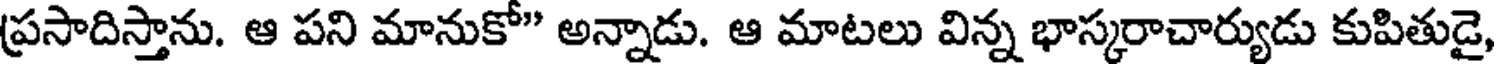
ప్రసాదిస్తాను. ఆ పని మానుకో" అన్నాడు. ఆ మాటలు విన్న భాస్కరాచార్యుడు కుపితుడై,